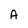
Character: A